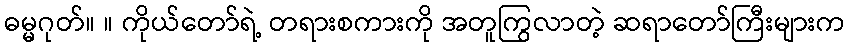
ဓမ္မဂုတ်။ ။ ကိုယ်တော်ရဲ့ တရားစကားကို အတူကြွလာတဲ့ ဆရာတော်ကြီးများက